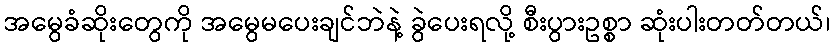
အမွေခံဆိုးတွေကို အမွေမပေးချင်ဘဲနဲ့ ခွဲပေးရလို့ စီးပွားဥစ္စာ ဆုံးပါးတတ်တယ်၊